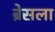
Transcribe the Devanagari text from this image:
ब्रेसला